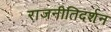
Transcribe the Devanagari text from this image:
राजनीतिदर्शन